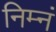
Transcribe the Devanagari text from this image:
निम्नं